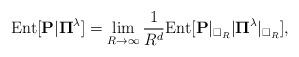
LaTeX: \begin{align*} {\rm Ent}[\mathbf{P}|\mathbf{\Pi}^{\lambda}]=\lim_{R \to \infty} \frac{1}{R^{d}} {\rm Ent}[\mathbf{P}|_{\square_{R}}|\mathbf{\Pi}^{\lambda}|_{\square_{R}}],\end{align*}